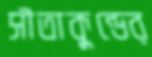
সীতাকুন্ডের